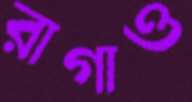
রাগাও